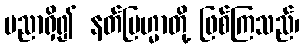
ပညာရှိ၍ နတ်ဗြဟ္မာတို့ ဖြစ်ကြသည်၊